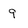
Character: 9